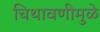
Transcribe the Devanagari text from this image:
चिथावणीमुळे